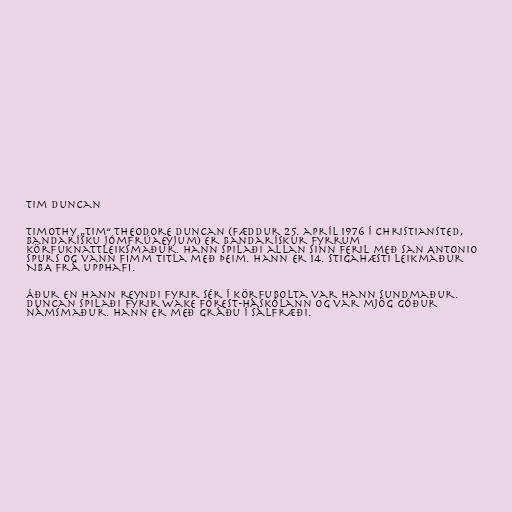
Tim Duncan

Timothy „Tim“ Theodore Duncan (fæddur 25. apríl 1976 í Christiansted,
Bandarísku Jómfrúaeyjum) er bandarískur fyrrum
körfuknattleiksmaður. Hann spilaði allan sinn feril með San Antonio
Spurs og vann fimm titla með þeim. Hann er 14. stigahæsti leikmaður
NBA frá upphafi.

Áður en hann reyndi fyrir sér í körfubolta var hann sundmaður.
Duncan spilaði fyrir Wake Forest-háskólann og var mjög góður
námsmaður. Hann er með gráðu í sálfræði.